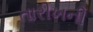
તારીખની